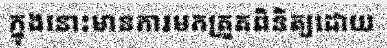
ក្នុងនោះមានការមកត្រួតពិនិត្យដោយ